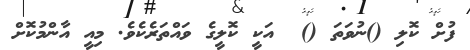
ފުށް ކޮލި ()ނުވަތަ ()  އަކީ ކޮލީގެ ވައްތަރެކެވެ. މިއީ އާންމުކޮށް